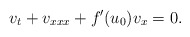
\begin{align*}v_t+v_{xxx}+f'(u_0)v_x=0.\end{align*}